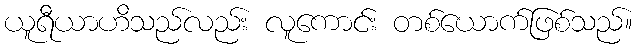
ယူရီယာဟိသည်လည်း လူကောင်း တစ်ယောက်ဖြစ်သည်။